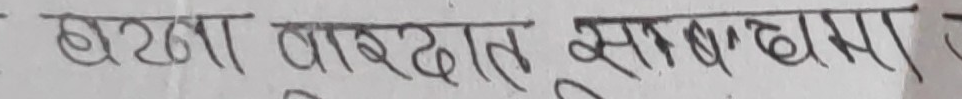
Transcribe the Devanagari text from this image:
घटना वारदात सुचना